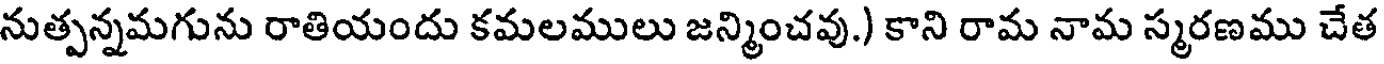
నుత్పన్నమగును రాతియందు కమలములు జన్మించవు.) కాని రామ నామ స్మరణము చేత